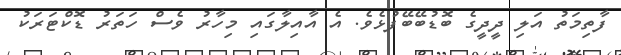
ފާތިމަތު އަލި ދީދީގެ ބޮޑުބޭބޭފުޅެވެ. އެ އާއިލާގައި މިހާރު ވެސް ހަތަރު ޑޮކްޓަރަކު